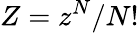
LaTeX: Z=z^{N}/N!